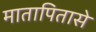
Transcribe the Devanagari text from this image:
मातापितासे